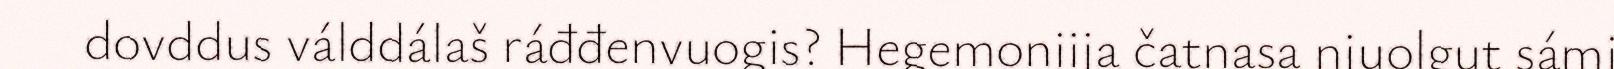
dovddus válddálaš ráđđenvuogis? Hegemoniija čatnasa njuolgut sámi